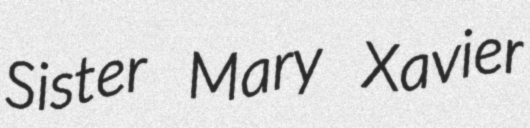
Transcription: Sister Mary Xavier